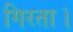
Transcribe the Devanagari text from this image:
गिरता।